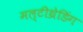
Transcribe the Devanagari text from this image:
मल्टीथ्रेडिंग